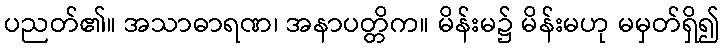
ပညတ်၏။ အသာဓာရဏ၊ အနာပတ္တိက။ မိန်းမ၌ မိန်းမဟု မမှတ်ရှိ၍